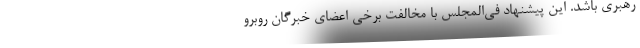
رهبری باشد. این پیشنهاد فی‌المجلس با مخالفت برخی اعضای خبرگان روبرو